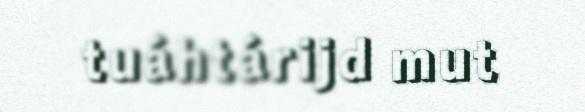
tuáhtárijd mut